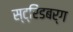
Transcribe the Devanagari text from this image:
स्ट्रिंडबर्ग